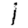
Digit: 1